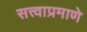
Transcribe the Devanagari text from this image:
सत्त्वाप्रमाणे